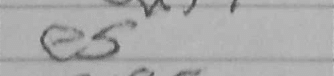
Transcription: e5